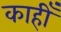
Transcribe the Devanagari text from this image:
काहीँ